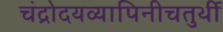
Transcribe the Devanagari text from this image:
चंद्रोदयव्यापिनीचतुर्थी